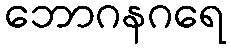
ဘောဂနဂရေ